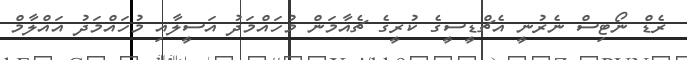
ރެޑް ނޯޓިސް ނެރުނީ އެޗްޑީސީގެ ކުރީގެ ޗެއާމަން މުހައްމަދު އަސީލާއި މުހައްމަދު އައްލާމް